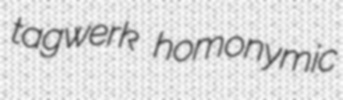
tagwerk homonymic